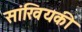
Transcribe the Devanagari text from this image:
सांखियकी